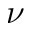
\nu